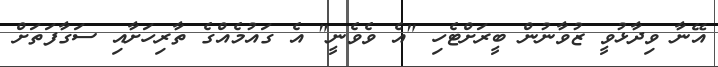
އޭނާ ވިދާޅުވީ ޒުވާނުން ބީރަށްޓެހި "އެ ވެވެނީ" އެ ގައުމެއްގެ ތާރިހަށާއި ސަގާފަތަށް